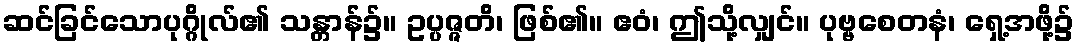
ဆင်ခြင်သောပုဂ္ဂိုလ်၏ သန္တာန်၌။ ဥပ္ပဇ္ဇတိ၊ ဖြစ်၏။ ဧဝံ၊ ဤသို့လျှင်။ ပုဗ္ဗစေတနံ၊ ရှေ့အဖို့၌